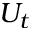
U _ { t }